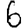
Digit: 6